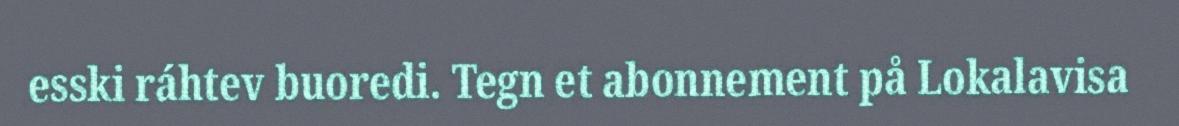
esski ráhtev buoredi. Tegn et abonnement på Lokalavisa